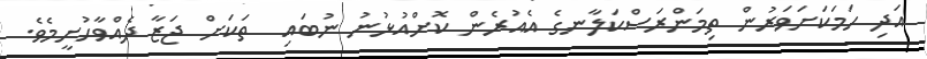
އަދި ހަމަކަށަވަރުން ތިމަންރަސްކަލާނގެ އެއުރެން ކޮށްއުޅުނު ނުބައި  ތަކަށް ޖަޒާ ދެއްވާހުށީމެވެ.